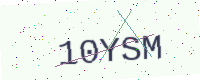
Text: 10YSM